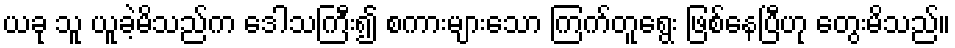
ယခု သူ ယူခဲ့မိသည်က ဒေါသကြီး၍ စကားများသော ကြက်တူရွေး ဖြစ်နေပြီဟု တွေးမိသည်။